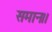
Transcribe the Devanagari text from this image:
समान।।